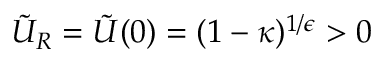
\tilde { U } _ { R } = \tilde { U } ( 0 ) = ( 1 - \kappa ) ^ { 1 / \epsilon } > 0